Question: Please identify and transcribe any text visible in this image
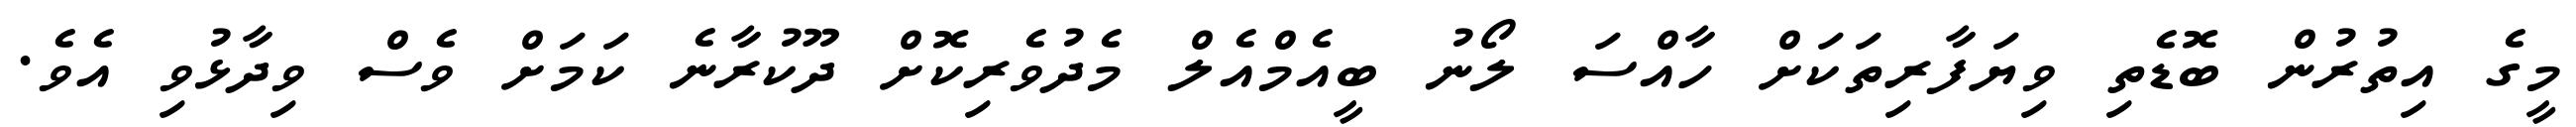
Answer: މީގެ އިތުރުން ބޮޑެތި ވިޔަފާރިތަކަށް ހާއްސަ ލޯނު ބީއެމްއެލް މެދުވެރިކޮށް ދޫކުރާނެ ކަމަށް ވެސް ވިދާޅުވި އެވެ.